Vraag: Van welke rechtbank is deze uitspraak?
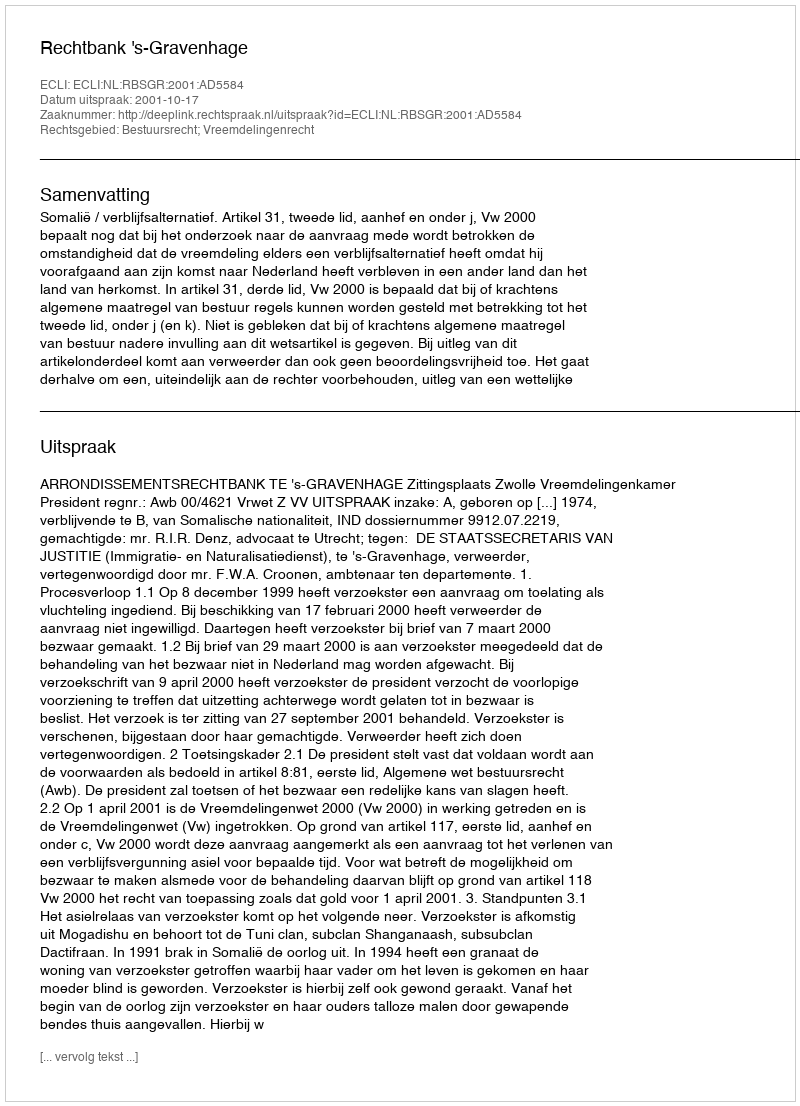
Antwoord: Rechtbank 's-Gravenhage